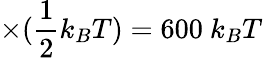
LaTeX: \times(\frac{1}{2}k_{B}T)=600~k_{B}T